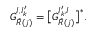
G _ { \hat { R } ( j ) } ^ { I , I _ { k } ^ { \prime } } = \big [ G _ { \hat { R } ( j ) } ^ { I _ { k } ^ { \prime } , I } \big ] ^ { \ast } .